Civil Veterinary Dept. Bombay admin report 1893-99 - 1893-1899
Year: 1893
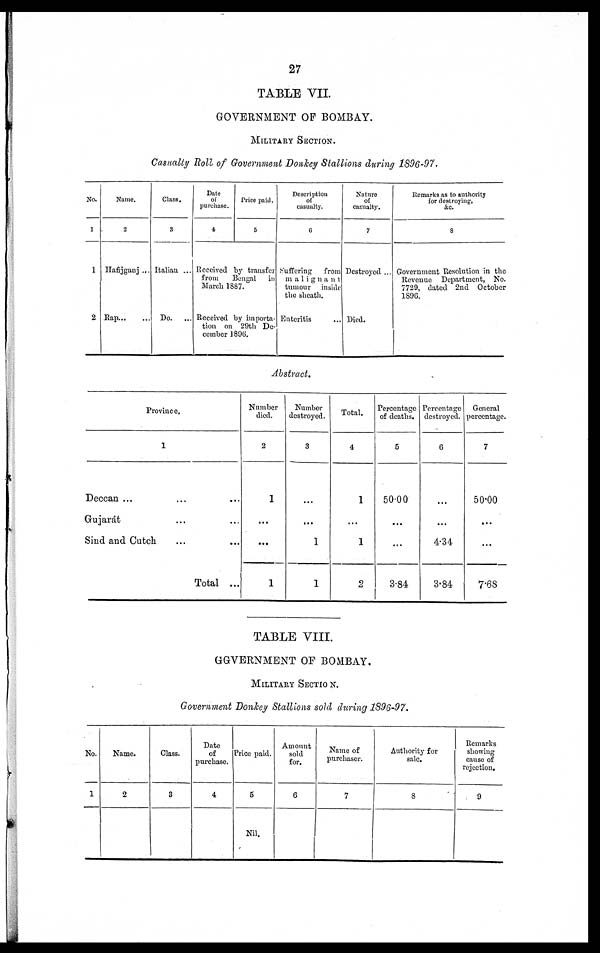
27
TABLE VII.
GOVERNMENT OF BOMBAY.
MILITARY SECTION.
Casually Roll of Government Donkey Stallions during 1896-97.
No.
1
1
2
Name.
2
Hafijganj ...
Rap ... ...
Class.
3
Italian ...
Do.
...
Date
or
purchase.
4
Price paid.
5
Received by transfer
from
Bengal
in
March 1887.
Received by importa-
tion on 20th De-
cember 1896.
Description
of
casualty.
6
Suffering
from
malignant
tumour
inside
the sheath.
Enteritis ...
Nature
of
casualty.
7
Destroyed ...
Died.
Remarks as to authority
for destroying,
&c.
8
Government Resolution in the
Reveune
Department, No.
7729, dated 2nd
October
1890.
Abstract.
Province.
1
Deccan ... ... ...
Gujarát
...
...
Sind and Catch ... ...
Total ...
Number
died.
2
1
...
...
1
Number
destroyed.
3
...
...
1
1
Total.
4
1
...
1
2
Percentage
of deaths.
5
50.0
...
...
3.84
Percentage
destroyed.
6
...
...
4.34
3.84
General
percentage.
7
50.00
...
...
7.68
TABLE VIII.
GOVERNMENT OF BOMBAY.
MlLITARY SECTION.
Government Donkey Stallions sold during 1896-97.
No.
1
Name.
2
Class.
3
Date
of
purchase.
4
Price paid.
5
Nil.
Amount
sold
for.
6
Name of
purchaser.
7
Authority for
sale.
8
Remarks
showing
cause of
rejection.
9